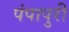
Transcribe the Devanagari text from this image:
पंपापुरी